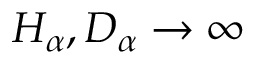
H _ { \alpha } , D _ { \alpha } \to \infty